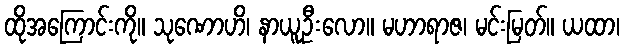
ထိုအကြောင်းကို။ သုဏောဟိ၊ နာယူဦးလော။ မဟာရာဇ၊ မင်းမြတ်။ ယထာ၊